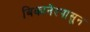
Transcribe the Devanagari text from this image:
बिकानेरपासुन